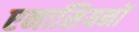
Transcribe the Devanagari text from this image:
एनासियनों